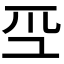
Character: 𭗻